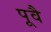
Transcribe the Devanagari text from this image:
पूवै